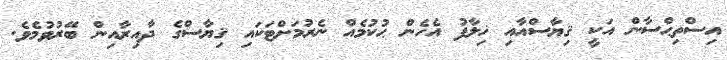
އިސްތިޙްސާން އަކީ ޤިޔާސްއާއި ޚިލާފު އެހެން ޙުކުމެއް ނެރުމަށްޓަކައި ޤިޔާސްގެ ދާއިރާއިން ބޭރުވުމެވެ.